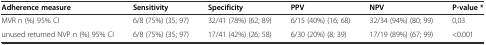
| Adherence measure | Sensitivity | Specificity | PPV | NPV | P-value * |
 | --- | --- | --- | --- | --- | --- |
 | MVR n (%) 95% CI | 6/8 (75%) (35; 97) | 32/41 (78%) (62; 89) | 6/15 (40%) (16; 68) | 32/34 (94%) (80; 99) | 0,03 |
 | unused returned NVP n (%) 95% CI | 6/8 (75%) (35; 97) | 17/41 (42%) (26; 58) | 6/30 (20%) (8; 39) | 17/19 (89%) (67; 99) | <0.001 |